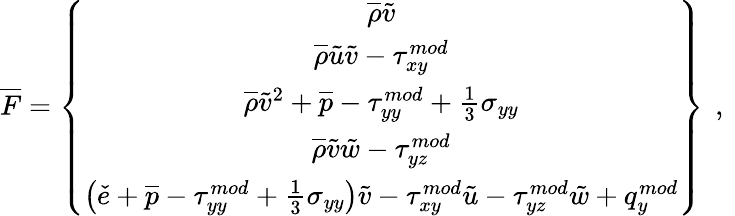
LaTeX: \overline{{F}}=\left\{ \begin{array}{c}{\overline{{\rho}}\tilde{v}}\\ {\overline{{\rho}}\tilde{u}\tilde{v}-{\tau}_{xy}^{mod}}\\ {\overline{{\rho}}\tilde{v}^{2}+\overline{{p}}-{\tau}_{yy}^{mod}+\frac{1}{3}\sigma_{yy}}\\ {\overline{{\rho}}\tilde{v}\tilde{w}-{\tau}_{yz}^{mod}}\\ {\left(\check{e}+\overline{{p}}-{\tau}_{yy}^{mod}+\frac{1}{3}\sigma_{yy}\right)\tilde{v}-{\tau}_{xy}^{mod}\tilde{u}-{\tau}_{yz}^{mod}\tilde{w}+q_{y}^{mod}}\end{array}\right\} \, \mathrm{~,~}